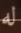
له